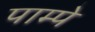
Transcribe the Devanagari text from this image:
पाम्पे